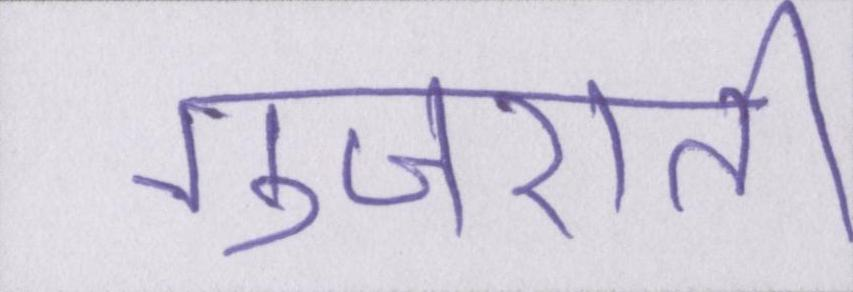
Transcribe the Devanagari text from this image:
गुजराती